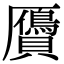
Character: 贗